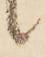
候